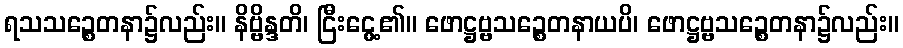
ရသသဉ္စေတနာ၌လည်း။ နိဗ္ဗိန္ဒတိ၊ ငြီးငွေ့၏။ ဖောဋ္ဌဗ္ဗသဉ္စေတနာယပိ၊ ဖောဋ္ဌဗ္ဗသဉ္စေတနာ၌လည်း။